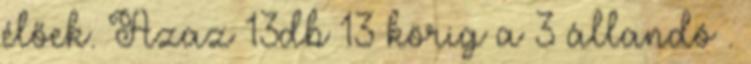
élőek. Azaz 13db 13 körig a 3 állandó .